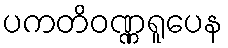
ပကတိဝဏ္ဏရူပေန